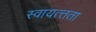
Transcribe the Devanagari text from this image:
स्वायत्त्तता